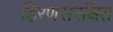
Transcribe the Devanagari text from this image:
हिरणसंरक्षित